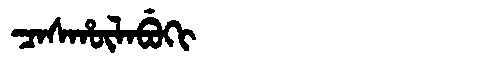
Manchu: ᠴᠠᠰᡥᡡᠯᠠᠪᡠᡴᡳ
Romanization: CASHŪLABUKI